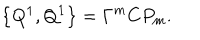
LaTeX: \left\{ Q ^ { 1 } , Q ^ { 1 } \right\} = \Gamma ^ { m } C P _ { m } .